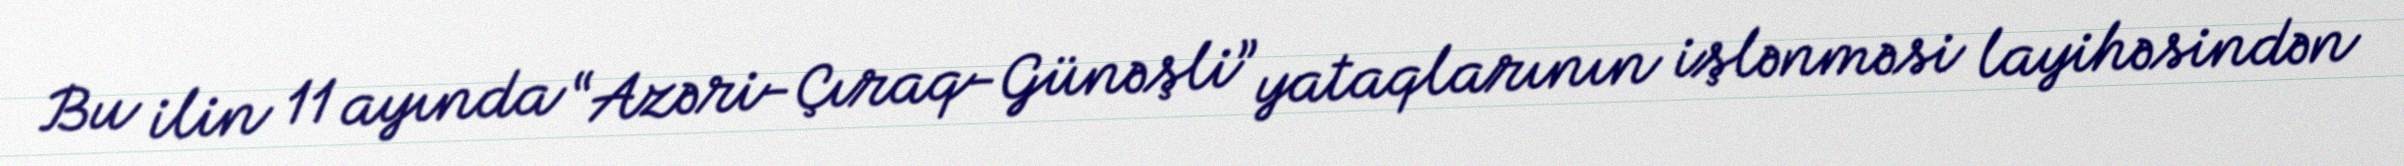
Bu ilin 11 ayında “Azəri-Çıraq-Günəşli” yataqlarının işlənməsi layihəsindən